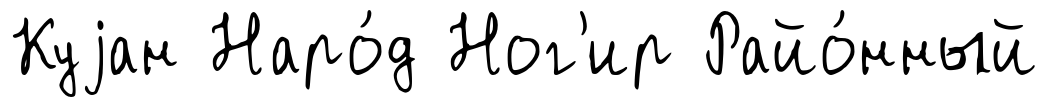
Куjан Наро́д Ног'ир Райо́нный